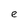
Character: e